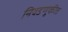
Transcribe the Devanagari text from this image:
निवडणु्कीत